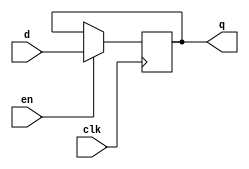
module xup_dff_en_vector #(parameter SIZE = 4 , DELAY = 3)(
   input [SIZE-1:0] d,
   input clk,
   input en,
   output [SIZE-1:0] q
   );
   
   reg [SIZE-1:0] q;
   always @(posedge clk)
   begin 
       if(en)
           q[SIZE-1:0] <= #DELAY d[SIZE-1:0];
   end
endmodule